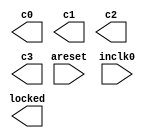
// megafunction wizard: %ALTPLL%VBB%
// GENERATION: STANDARD
// VERSION: WM1.0
// MODULE: altpll 

// ============================================================
// Megafunction Name(s):
// 			altpll
//
// Simulation Library Files(s):
// 			altera_mf
// ============================================================
// ************************************************************
// THIS IS A WIZARD-GENERATED FILE. DO NOT EDIT THIS FILE!
//
// 13.0.1 Build 232 06/12/2013 SP 1 SJ Full Version
// ************************************************************

//Copyright (C) 1991-2013 Altera Corporation
//Your use of Altera Corporation's design tools, logic functions 
//and other software and tools, and its AMPP partner logic 
//functions, and any output files from any of the foregoing 
//(including device programming or simulation files), and any 
//associated documentation or information are expressly subject 
//to the terms and conditions of the Altera Program License 
//Subscription Agreement, Altera MegaCore Function License 
//Agreement, or other applicable license agreement, including, 
//without limitation, that your use is for the sole purpose of 
//programming logic devices manufactured by Altera and sold by 
//Altera or its authorized distributors.  Please refer to the 
//applicable agreement for further details.

module clk_gen (
	areset,
	inclk0,
	c0,
	c1,
	c2,
	c3,
	locked);

	input	  areset;
	input	  inclk0;
	output	  c0;
	output	  c1;
	output	  c2;
	output	  c3;
	output	  locked;
`ifndef ALTERA_RESERVED_QIS
// synopsys translate_off
`endif
	tri0	  areset;
`ifndef ALTERA_RESERVED_QIS
// synopsys translate_on
`endif

endmodule

// ============================================================
// CNX file retrieval info
// ============================================================
// Retrieval info: PRIVATE: ACTIVECLK_CHECK STRING "0"
// Retrieval info: PRIVATE: BANDWIDTH STRING "1.000"
// Retrieval info: PRIVATE: BANDWIDTH_FEATURE_ENABLED STRING "1"
// Retrieval info: PRIVATE: BANDWIDTH_FREQ_UNIT STRING "MHz"
// Retrieval info: PRIVATE: BANDWIDTH_PRESET STRING "Low"
// Retrieval info: PRIVATE: BANDWIDTH_USE_AUTO STRING "1"
// Retrieval info: PRIVATE: BANDWIDTH_USE_PRESET STRING "0"
// Retrieval info: PRIVATE: CLKBAD_SWITCHOVER_CHECK STRING "0"
// Retrieval info: PRIVATE: CLKLOSS_CHECK STRING "0"
// Retrieval info: PRIVATE: CLKSWITCH_CHECK STRING "0"
// Retrieval info: PRIVATE: CNX_NO_COMPENSATE_RADIO STRING "0"
// Retrieval info: PRIVATE: CREATE_CLKBAD_CHECK STRING "0"
// Retrieval info: PRIVATE: CREATE_INCLK1_CHECK STRING "0"
// Retrieval info: PRIVATE: CUR_DEDICATED_CLK STRING "c0"
// Retrieval info: PRIVATE: CUR_FBIN_CLK STRING "c0"
// Retrieval info: PRIVATE: DEVICE_SPEED_GRADE STRING "8"
// Retrieval info: PRIVATE: DIV_FACTOR0 NUMERIC "1"
// Retrieval info: PRIVATE: DIV_FACTOR1 NUMERIC "1"
// Retrieval info: PRIVATE: DIV_FACTOR2 NUMERIC "1"
// Retrieval info: PRIVATE: DIV_FACTOR3 NUMERIC "1"
// Retrieval info: PRIVATE: DUTY_CYCLE0 STRING "50.00000000"
// Retrieval info: PRIVATE: DUTY_CYCLE1 STRING "50.00000000"
// Retrieval info: PRIVATE: DUTY_CYCLE2 STRING "50.00000000"
// Retrieval info: PRIVATE: DUTY_CYCLE3 STRING "50.00000000"
// Retrieval info: PRIVATE: EFF_OUTPUT_FREQ_VALUE0 STRING "25.000000"
// Retrieval info: PRIVATE: EFF_OUTPUT_FREQ_VALUE1 STRING "100.000000"
// Retrieval info: PRIVATE: EFF_OUTPUT_FREQ_VALUE2 STRING "100.000000"
// Retrieval info: PRIVATE: EFF_OUTPUT_FREQ_VALUE3 STRING "125.000000"
// Retrieval info: PRIVATE: EXPLICIT_SWITCHOVER_COUNTER STRING "0"
// Retrieval info: PRIVATE: EXT_FEEDBACK_RADIO STRING "0"
// Retrieval info: PRIVATE: GLOCKED_COUNTER_EDIT_CHANGED STRING "1"
// Retrieval info: PRIVATE: GLOCKED_FEATURE_ENABLED STRING "0"
// Retrieval info: PRIVATE: GLOCKED_MODE_CHECK STRING "0"
// Retrieval info: PRIVATE: GLOCK_COUNTER_EDIT NUMERIC "1048575"
// Retrieval info: PRIVATE: HAS_MANUAL_SWITCHOVER STRING "1"
// Retrieval info: PRIVATE: INCLK0_FREQ_EDIT STRING "50.000"
// Retrieval info: PRIVATE: INCLK0_FREQ_UNIT_COMBO STRING "MHz"
// Retrieval info: PRIVATE: INCLK1_FREQ_EDIT STRING "100.000"
// Retrieval info: PRIVATE: INCLK1_FREQ_EDIT_CHANGED STRING "1"
// Retrieval info: PRIVATE: INCLK1_FREQ_UNIT_CHANGED STRING "1"
// Retrieval info: PRIVATE: INCLK1_FREQ_UNIT_COMBO STRING "MHz"
// Retrieval info: PRIVATE: INTENDED_DEVICE_FAMILY STRING "Cyclone IV E"
// Retrieval info: PRIVATE: INT_FEEDBACK__MODE_RADIO STRING "1"
// Retrieval info: PRIVATE: LOCKED_OUTPUT_CHECK STRING "1"
// Retrieval info: PRIVATE: LONG_SCAN_RADIO STRING "1"
// Retrieval info: PRIVATE: LVDS_MODE_DATA_RATE STRING "Not Available"
// Retrieval info: PRIVATE: LVDS_MODE_DATA_RATE_DIRTY NUMERIC "0"
// Retrieval info: PRIVATE: LVDS_PHASE_SHIFT_UNIT0 STRING "deg"
// Retrieval info: PRIVATE: LVDS_PHASE_SHIFT_UNIT1 STRING "deg"
// Retrieval info: PRIVATE: LVDS_PHASE_SHIFT_UNIT2 STRING "ps"
// Retrieval info: PRIVATE: LVDS_PHASE_SHIFT_UNIT3 STRING "ps"
// Retrieval info: PRIVATE: MIG_DEVICE_SPEED_GRADE STRING "Any"
// Retrieval info: PRIVATE: MIRROR_CLK0 STRING "0"
// Retrieval info: PRIVATE: MIRROR_CLK1 STRING "0"
// Retrieval info: PRIVATE: MIRROR_CLK2 STRING "0"
// Retrieval info: PRIVATE: MIRROR_CLK3 STRING "0"
// Retrieval info: PRIVATE: MULT_FACTOR0 NUMERIC "1"
// Retrieval info: PRIVATE: MULT_FACTOR1 NUMERIC "1"
// Retrieval info: PRIVATE: MULT_FACTOR2 NUMERIC "1"
// Retrieval info: PRIVATE: MULT_FACTOR3 NUMERIC "1"
// Retrieval info: PRIVATE: NORMAL_MODE_RADIO STRING "1"
// Retrieval info: PRIVATE: OUTPUT_FREQ0 STRING "25.00000000"
// Retrieval info: PRIVATE: OUTPUT_FREQ1 STRING "100.00000000"
// Retrieval info: PRIVATE: OUTPUT_FREQ2 STRING "100.00000000"
// Retrieval info: PRIVATE: OUTPUT_FREQ3 STRING "125.00000000"
// Retrieval info: PRIVATE: OUTPUT_FREQ_MODE0 STRING "1"
// Retrieval info: PRIVATE: OUTPUT_FREQ_MODE1 STRING "1"
// Retrieval info: PRIVATE: OUTPUT_FREQ_MODE2 STRING "1"
// Retrieval info: PRIVATE: OUTPUT_FREQ_MODE3 STRING "1"
// Retrieval info: PRIVATE: OUTPUT_FREQ_UNIT0 STRING "MHz"
// Retrieval info: PRIVATE: OUTPUT_FREQ_UNIT1 STRING "MHz"
// Retrieval info: PRIVATE: OUTPUT_FREQ_UNIT2 STRING "MHz"
// Retrieval info: PRIVATE: OUTPUT_FREQ_UNIT3 STRING "MHz"
// Retrieval info: PRIVATE: PHASE_RECONFIG_FEATURE_ENABLED STRING "1"
// Retrieval info: PRIVATE: PHASE_RECONFIG_INPUTS_CHECK STRING "0"
// Retrieval info: PRIVATE: PHASE_SHIFT0 STRING "0.00000000"
// Retrieval info: PRIVATE: PHASE_SHIFT1 STRING "0.00000000"
// Retrieval info: PRIVATE: PHASE_SHIFT2 STRING "-30.00000000"
// Retrieval info: PRIVATE: PHASE_SHIFT3 STRING "0.00000000"
// Retrieval info: PRIVATE: PHASE_SHIFT_STEP_ENABLED_CHECK STRING "0"
// Retrieval info: PRIVATE: PHASE_SHIFT_UNIT0 STRING "deg"
// Retrieval info: PRIVATE: PHASE_SHIFT_UNIT1 STRING "deg"
// Retrieval info: PRIVATE: PHASE_SHIFT_UNIT2 STRING "deg"
// Retrieval info: PRIVATE: PHASE_SHIFT_UNIT3 STRING "ps"
// Retrieval info: PRIVATE: PLL_ADVANCED_PARAM_CHECK STRING "0"
// Retrieval info: PRIVATE: PLL_ARESET_CHECK STRING "1"
// Retrieval info: PRIVATE: PLL_AUTOPLL_CHECK NUMERIC "1"
// Retrieval info: PRIVATE: PLL_ENHPLL_CHECK NUMERIC "0"
// Retrieval info: PRIVATE: PLL_FASTPLL_CHECK NUMERIC "0"
// Retrieval info: PRIVATE: PLL_FBMIMIC_CHECK STRING "0"
// Retrieval info: PRIVATE: PLL_LVDS_PLL_CHECK NUMERIC "0"
// Retrieval info: PRIVATE: PLL_PFDENA_CHECK STRING "0"
// Retrieval info: PRIVATE: PLL_TARGET_HARCOPY_CHECK NUMERIC "0"
// Retrieval info: PRIVATE: PRIMARY_CLK_COMBO STRING "inclk0"
// Retrieval info: PRIVATE: RECONFIG_FILE STRING "clk_gen.mif"
// Retrieval info: PRIVATE: SACN_INPUTS_CHECK STRING "0"
// Retrieval info: PRIVATE: SCAN_FEATURE_ENABLED STRING "1"
// Retrieval info: PRIVATE: SELF_RESET_LOCK_LOSS STRING "0"
// Retrieval info: PRIVATE: SHORT_SCAN_RADIO STRING "0"
// Retrieval info: PRIVATE: SPREAD_FEATURE_ENABLED STRING "0"
// Retrieval info: PRIVATE: SPREAD_FREQ STRING "50.000"
// Retrieval info: PRIVATE: SPREAD_FREQ_UNIT STRING "KHz"
// Retrieval info: PRIVATE: SPREAD_PERCENT STRING "0.500"
// Retrieval info: PRIVATE: SPREAD_USE STRING "0"
// Retrieval info: PRIVATE: SRC_SYNCH_COMP_RADIO STRING "0"
// Retrieval info: PRIVATE: STICKY_CLK0 STRING "1"
// Retrieval info: PRIVATE: STICKY_CLK1 STRING "1"
// Retrieval info: PRIVATE: STICKY_CLK2 STRING "1"
// Retrieval info: PRIVATE: STICKY_CLK3 STRING "1"
// Retrieval info: PRIVATE: SWITCHOVER_COUNT_EDIT NUMERIC "1"
// Retrieval info: PRIVATE: SWITCHOVER_FEATURE_ENABLED STRING "1"
// Retrieval info: PRIVATE: SYNTH_WRAPPER_GEN_POSTFIX STRING "0"
// Retrieval info: PRIVATE: USE_CLK0 STRING "1"
// Retrieval info: PRIVATE: USE_CLK1 STRING "1"
// Retrieval info: PRIVATE: USE_CLK2 STRING "1"
// Retrieval info: PRIVATE: USE_CLK3 STRING "1"
// Retrieval info: PRIVATE: USE_CLKENA0 STRING "0"
// Retrieval info: PRIVATE: USE_CLKENA1 STRING "0"
// Retrieval info: PRIVATE: USE_CLKENA2 STRING "0"
// Retrieval info: PRIVATE: USE_CLKENA3 STRING "0"
// Retrieval info: PRIVATE: USE_MIL_SPEED_GRADE NUMERIC "0"
// Retrieval info: PRIVATE: ZERO_DELAY_RADIO STRING "0"
// Retrieval info: LIBRARY: altera_mf altera_mf.altera_mf_components.all
// Retrieval info: CONSTANT: BANDWIDTH_TYPE STRING "AUTO"
// Retrieval info: CONSTANT: CLK0_DIVIDE_BY NUMERIC "2"
// Retrieval info: CONSTANT: CLK0_DUTY_CYCLE NUMERIC "50"
// Retrieval info: CONSTANT: CLK0_MULTIPLY_BY NUMERIC "1"
// Retrieval info: CONSTANT: CLK0_PHASE_SHIFT STRING "0"
// Retrieval info: CONSTANT: CLK1_DIVIDE_BY NUMERIC "1"
// Retrieval info: CONSTANT: CLK1_DUTY_CYCLE NUMERIC "50"
// Retrieval info: CONSTANT: CLK1_MULTIPLY_BY NUMERIC "2"
// Retrieval info: CONSTANT: CLK1_PHASE_SHIFT STRING "0"
// Retrieval info: CONSTANT: CLK2_DIVIDE_BY NUMERIC "1"
// Retrieval info: CONSTANT: CLK2_DUTY_CYCLE NUMERIC "50"
// Retrieval info: CONSTANT: CLK2_MULTIPLY_BY NUMERIC "2"
// Retrieval info: CONSTANT: CLK2_PHASE_SHIFT STRING "-833"
// Retrieval info: CONSTANT: CLK3_DIVIDE_BY NUMERIC "2"
// Retrieval info: CONSTANT: CLK3_DUTY_CYCLE NUMERIC "50"
// Retrieval info: CONSTANT: CLK3_MULTIPLY_BY NUMERIC "5"
// Retrieval info: CONSTANT: CLK3_PHASE_SHIFT STRING "0"
// Retrieval info: CONSTANT: COMPENSATE_CLOCK STRING "CLK0"
// Retrieval info: CONSTANT: INCLK0_INPUT_FREQUENCY NUMERIC "20000"
// Retrieval info: CONSTANT: INTENDED_DEVICE_FAMILY STRING "Cyclone IV E"
// Retrieval info: CONSTANT: LPM_TYPE STRING "altpll"
// Retrieval info: CONSTANT: OPERATION_MODE STRING "NORMAL"
// Retrieval info: CONSTANT: PLL_TYPE STRING "AUTO"
// Retrieval info: CONSTANT: PORT_ACTIVECLOCK STRING "PORT_UNUSED"
// Retrieval info: CONSTANT: PORT_ARESET STRING "PORT_USED"
// Retrieval info: CONSTANT: PORT_CLKBAD0 STRING "PORT_UNUSED"
// Retrieval info: CONSTANT: PORT_CLKBAD1 STRING "PORT_UNUSED"
// Retrieval info: CONSTANT: PORT_CLKLOSS STRING "PORT_UNUSED"
// Retrieval info: CONSTANT: PORT_CLKSWITCH STRING "PORT_UNUSED"
// Retrieval info: CONSTANT: PORT_CONFIGUPDATE STRING "PORT_UNUSED"
// Retrieval info: CONSTANT: PORT_FBIN STRING "PORT_UNUSED"
// Retrieval info: CONSTANT: PORT_INCLK0 STRING "PORT_USED"
// Retrieval info: CONSTANT: PORT_INCLK1 STRING "PORT_UNUSED"
// Retrieval info: CONSTANT: PORT_LOCKED STRING "PORT_USED"
// Retrieval info: CONSTANT: PORT_PFDENA STRING "PORT_UNUSED"
// Retrieval info: CONSTANT: PORT_PHASECOUNTERSELECT STRING "PORT_UNUSED"
// Retrieval info: CONSTANT: PORT_PHASEDONE STRING "PORT_UNUSED"
// Retrieval info: CONSTANT: PORT_PHASESTEP STRING "PORT_UNUSED"
// Retrieval info: CONSTANT: PORT_PHASEUPDOWN STRING "PORT_UNUSED"
// Retrieval info: CONSTANT: PORT_PLLENA STRING "PORT_UNUSED"
// Retrieval info: CONSTANT: PORT_SCANACLR STRING "PORT_UNUSED"
// Retrieval info: CONSTANT: PORT_SCANCLK STRING "PORT_UNUSED"
// Retrieval info: CONSTANT: PORT_SCANCLKENA STRING "PORT_UNUSED"
// Retrieval info: CONSTANT: PORT_SCANDATA STRING "PORT_UNUSED"
// Retrieval info: CONSTANT: PORT_SCANDATAOUT STRING "PORT_UNUSED"
// Retrieval info: CONSTANT: PORT_SCANDONE STRING "PORT_UNUSED"
// Retrieval info: CONSTANT: PORT_SCANREAD STRING "PORT_UNUSED"
// Retrieval info: CONSTANT: PORT_SCANWRITE STRING "PORT_UNUSED"
// Retrieval info: CONSTANT: PORT_clk0 STRING "PORT_USED"
// Retrieval info: CONSTANT: PORT_clk1 STRING "PORT_USED"
// Retrieval info: CONSTANT: PORT_clk2 STRING "PORT_USED"
// Retrieval info: CONSTANT: PORT_clk3 STRING "PORT_USED"
// Retrieval info: CONSTANT: PORT_clk4 STRING "PORT_UNUSED"
// Retrieval info: CONSTANT: PORT_clk5 STRING "PORT_UNUSED"
// Retrieval info: CONSTANT: PORT_clkena0 STRING "PORT_UNUSED"
// Retrieval info: CONSTANT: PORT_clkena1 STRING "PORT_UNUSED"
// Retrieval info: CONSTANT: PORT_clkena2 STRING "PORT_UNUSED"
// Retrieval info: CONSTANT: PORT_clkena3 STRING "PORT_UNUSED"
// Retrieval info: CONSTANT: PORT_clkena4 STRING "PORT_UNUSED"
// Retrieval info: CONSTANT: PORT_clkena5 STRING "PORT_UNUSED"
// Retrieval info: CONSTANT: PORT_extclk0 STRING "PORT_UNUSED"
// Retrieval info: CONSTANT: PORT_extclk1 STRING "PORT_UNUSED"
// Retrieval info: CONSTANT: PORT_extclk2 STRING "PORT_UNUSED"
// Retrieval info: CONSTANT: PORT_extclk3 STRING "PORT_UNUSED"
// Retrieval info: CONSTANT: SELF_RESET_ON_LOSS_LOCK STRING "OFF"
// Retrieval info: CONSTANT: WIDTH_CLOCK NUMERIC "5"
// Retrieval info: USED_PORT: @clk 0 0 5 0 OUTPUT_CLK_EXT VCC "@clk[4..0]"
// Retrieval info: USED_PORT: areset 0 0 0 0 INPUT GND "areset"
// Retrieval info: USED_PORT: c0 0 0 0 0 OUTPUT_CLK_EXT VCC "c0"
// Retrieval info: USED_PORT: c1 0 0 0 0 OUTPUT_CLK_EXT VCC "c1"
// Retrieval info: USED_PORT: c2 0 0 0 0 OUTPUT_CLK_EXT VCC "c2"
// Retrieval info: USED_PORT: c3 0 0 0 0 OUTPUT_CLK_EXT VCC "c3"
// Retrieval info: USED_PORT: inclk0 0 0 0 0 INPUT_CLK_EXT GND "inclk0"
// Retrieval info: USED_PORT: locked 0 0 0 0 OUTPUT GND "locked"
// Retrieval info: CONNECT: @areset 0 0 0 0 areset 0 0 0 0
// Retrieval info: CONNECT: @inclk 0 0 1 1 GND 0 0 0 0
// Retrieval info: CONNECT: @inclk 0 0 1 0 inclk0 0 0 0 0
// Retrieval info: CONNECT: c0 0 0 0 0 @clk 0 0 1 0
// Retrieval info: CONNECT: c1 0 0 0 0 @clk 0 0 1 1
// Retrieval info: CONNECT: c2 0 0 0 0 @clk 0 0 1 2
// Retrieval info: CONNECT: c3 0 0 0 0 @clk 0 0 1 3
// Retrieval info: CONNECT: locked 0 0 0 0 @locked 0 0 0 0
// Retrieval info: GEN_FILE: TYPE_NORMAL clk_gen.v TRUE
// Retrieval info: GEN_FILE: TYPE_NORMAL clk_gen.ppf TRUE
// Retrieval info: GEN_FILE: TYPE_NORMAL clk_gen.inc FALSE
// Retrieval info: GEN_FILE: TYPE_NORMAL clk_gen.cmp FALSE
// Retrieval info: GEN_FILE: TYPE_NORMAL clk_gen.bsf FALSE
// Retrieval info: GEN_FILE: TYPE_NORMAL clk_gen_inst.v TRUE
// Retrieval info: GEN_FILE: TYPE_NORMAL clk_gen_bb.v TRUE
// Retrieval info: LIB_FILE: altera_mf
// Retrieval info: CBX_MODULE_PREFIX: ON